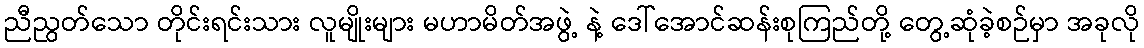
ညီညွတ်သော တိုင်းရင်းသား လူမျိုးများ မဟာမိတ်အဖွဲ့ နဲ့ ဒေါ်အောင်ဆန်းစုကြည်တို့ တွေ့ဆုံခဲ့စဉ်မှာ အခုလို